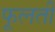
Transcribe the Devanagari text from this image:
फूलतीं